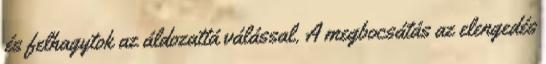
és felhagytok az áldozattá válással. A megbocsátás az elengedés